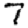
Digit: 7